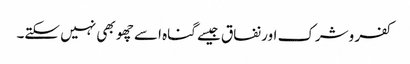
کفر وشرک اور نفاق جیسے گناہ اسے چھو بھی نہیں سکتے۔